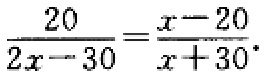
\(\frac{20}{2x - 30}=\frac{x - 20}{x + 30}\)